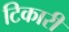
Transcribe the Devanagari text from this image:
टिकारी